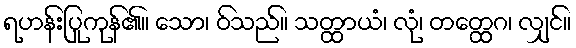
ရဟန်းပြုကုန်၏။ သော၊ ဝ်သည်။ သတ္ထာယံ၊ လုံ၊ တတ္ထေဂ၊ လျှင်။